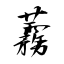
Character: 蓩